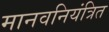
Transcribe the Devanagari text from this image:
मानवनियंत्रित